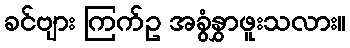
ခင်ဗျား ကြက်ဥ အခွံနွှာဖူးသလား။